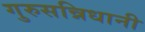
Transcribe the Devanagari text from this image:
गुरुसन्निधानी